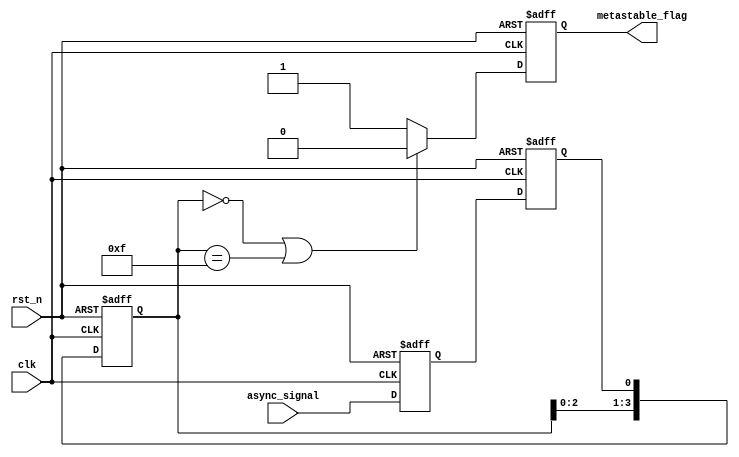
module metastability_detector #(
    parameter N = 4 // Number of memory blocks (samples)
)(
    input wire clk,            // Clock signal
    input wire rst_n,          // Active low reset signal
    input wire async_signal,    // Asynchronous input signal to monitor
    output reg metastable_flag  // Output flag indicating metastability condition
);

    // Internal signals
    reg latch1_out;
    reg latch2_out;
    reg [N-1:0] mem_blocks; // Memory blocks to store latch outputs
    integer i;

    // First latch: samples the asynchronous signal on the rising edge of the clock
    always @(posedge clk or negedge rst_n) begin
        if (!rst_n) begin
            latch1_out <= 1'b0; // Reset latch output
        end else begin
            latch1_out <= async_signal; // Sample input signal
        end
    end

    // Second latch: samples the output of the first latch on the next clock edge
    always @(posedge clk or negedge rst_n) begin
        if (!rst_n) begin
            latch2_out <= 1'b0; // Reset latch output
        end else begin
            latch2_out <= latch1_out; // Sample first latch output
        end
    end

    // Memory block to store outputs of the second latch
    always @(posedge clk or negedge rst_n) begin
        if (!rst_n) begin
            mem_blocks <= {N{1'b0}}; // Reset memory blocks
        end else begin
            mem_blocks <= {mem_blocks[N-2:0], latch2_out}; // Shift new value into memory
        end
    end

    // Metastability detection logic
    always @(posedge clk or negedge rst_n) begin
        if (!rst_n) begin
            metastable_flag <= 1'b0; // Reset metastability flag
        end else begin
            // Check if all bits in memory blocks are the same
            if (mem_blocks == {N{1'b0}} || mem_blocks == {N{1'b1}}) begin
                metastable_flag <= 1'b0; // No metastability
            end else begin
                metastable_flag <= 1'b1; // Metastability detected
            end
        end
    end

endmodule